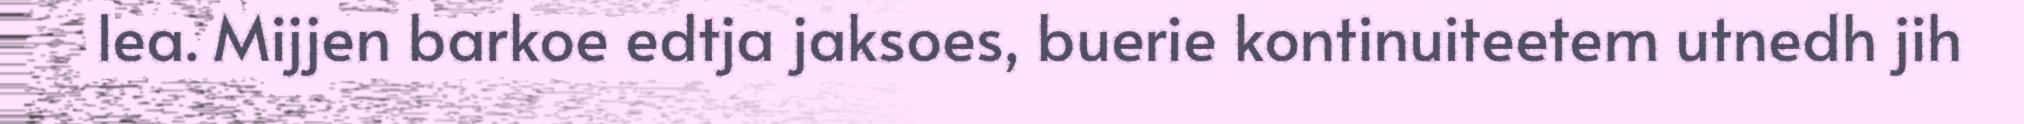
lea. Mijjen barkoe edtja jaksoes, buerie kontinuiteetem utnedh jih